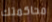
محاكمتك